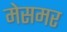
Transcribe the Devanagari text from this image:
मेसमर